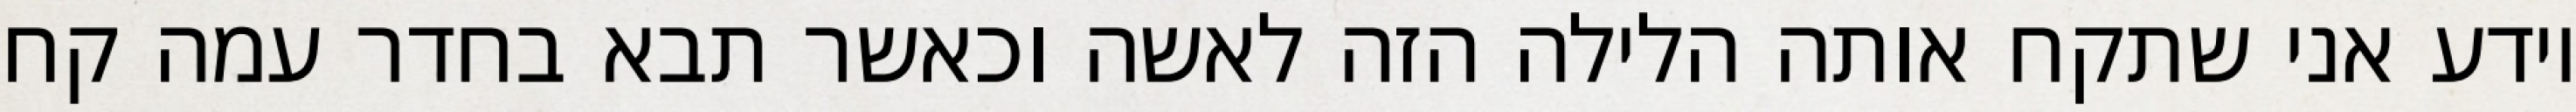
יודע אני שתקח אותה הלילה הזה לאשה וכאשר תבא בחדר עמה קח